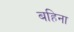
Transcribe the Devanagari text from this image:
बहिना